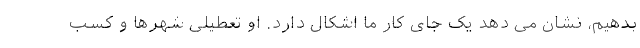
بدهیم، نشان می دهد یک جای کار ما اشکال دارد. او تعطیلی شهرها و کسب